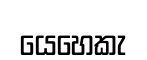
යෙහෙකැ